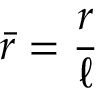
\bar { r } = \frac { r } { \ell }